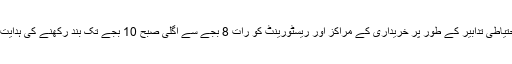
اسی روٹین کو دھیان میں رکھتے ہوئے اس بار احتیاطی تدابیر کے طور پر خریداری کے مراکز اور ریسٹورینٹ کو رات 8 بجے سے اگلی صبح 10 بجے تک بند رکھنے کی ہدایت دی گئی یعنی پیک آورز پر مکمل لاک ڈاؤن تھا۔